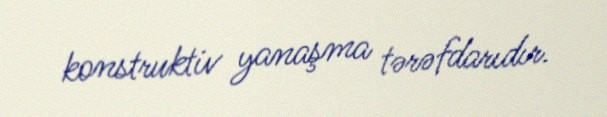
konstruktiv yanaşma tərəfdarıdır.